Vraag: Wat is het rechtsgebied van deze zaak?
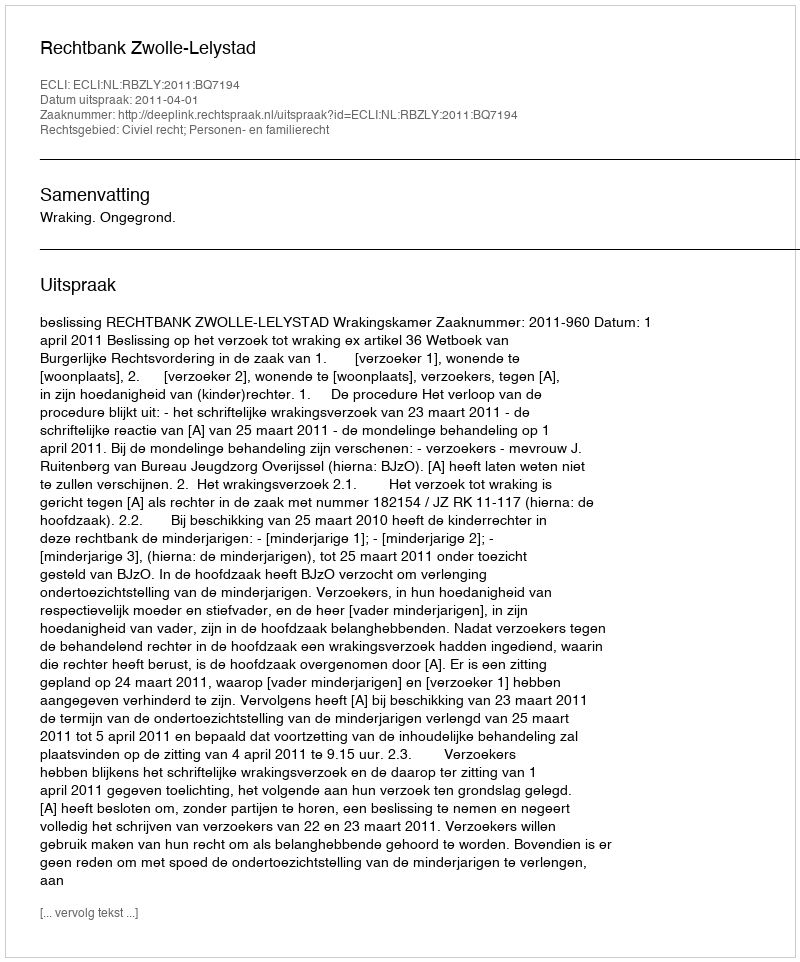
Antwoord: Civiel recht; Personen- en familierecht